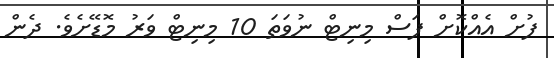
ފުށް އެއްކޮށް ފަސް މިނިޓް ނުވަތަ 10 މިނިޓް ވަރު މޮޑޭށެވެ. ދެން